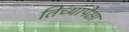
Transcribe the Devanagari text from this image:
तिच्यापेक्षा